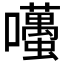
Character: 囆